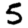
Digit: 5